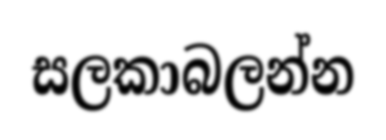
සලකාබලන්න